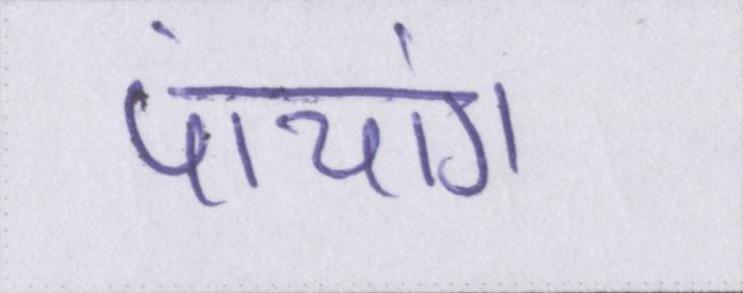
पांचांग